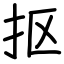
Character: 抠